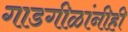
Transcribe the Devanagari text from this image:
गाडगीळांनीही